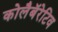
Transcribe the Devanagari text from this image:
कोलैबॅरेटिव